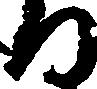
る